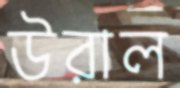
উরাল